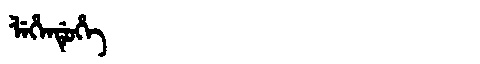
Manchu: ᠯᡝᡥᡝᠨᡩᡠᡥᡝ
Romanization: LEHENDUHE